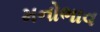
મનોભાવ